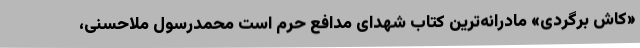
«کاش برگردی» مادرانه‌ترین کتاب شهدای مدافع حرم است محمدرسول ملاحسنی،